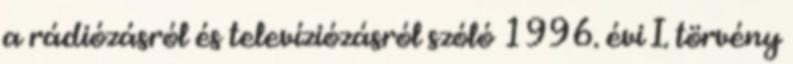
a rádiózásról és televíziózásról szóló 1996. évi I. törvény